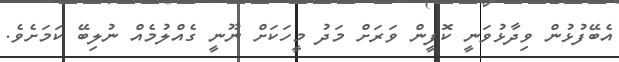
އެބޭފުޅުން ވިދާޅުވަނީ ކޮފީން ވަރަށް މަދު މީހަކަށް ނޫނީ ގެއްލުމެއް ނުލިބޭ ކަމަށެވެ.